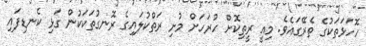
ހޮހަޅަތަކުގެ ތެރޭގައެވެ. މިއީ ރީތިކޮށް ހުރަހަށް މުށި ރަތްކުލައިގެ ރޮނގުތަކަކުން ގަޅި ކެނޑިފައި